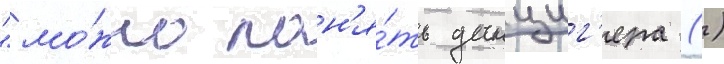
"мо́жно пон'я́ть данциг'ера ()